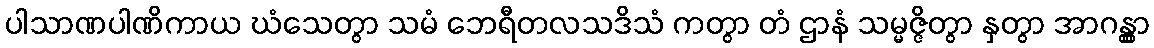
ပါသာဏပါဏိကာယ ဃံသေတွာ သမံ ဘေရီတလသဒိသံ ကတွာ တံ ဌာနံ သမ္မဇ္ဇိတွာ နှတွာ အာဂန္တွာ